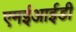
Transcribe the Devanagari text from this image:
एमईआईडी